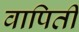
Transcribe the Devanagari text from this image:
वापिती